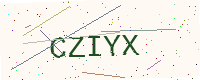
Text: CZIYX